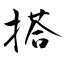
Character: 搭